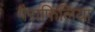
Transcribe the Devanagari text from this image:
पैराफिलिया